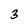
Character: 3